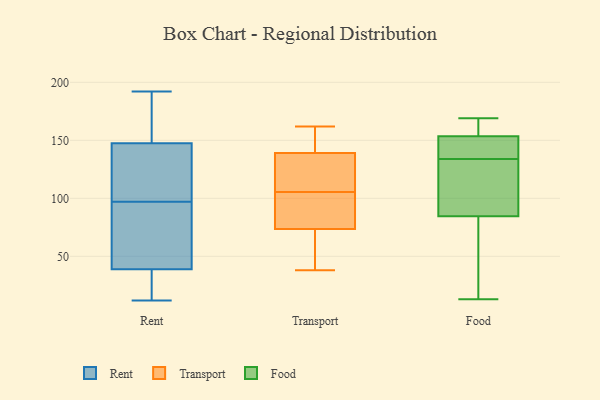
{"axis": {"x": "Market Share (%)", "y": "Value"}, "legend": ["Food", "Rent", "Transport"], "data": [{"x": "", "y": 78, "type": "Rent"}, {"x": "", "y": 139, "type": "Rent"}, {"x": "", "y": 140, "type": "Rent"}, {"x": "", "y": 108, "type": "Rent"}, {"x": "", "y": 36, "type": "Rent"}, {"x": "", "y": 97, "type": "Rent"}, {"x": "", "y": 47, "type": "Rent"}, {"x": "", "y": 64, "type": "Rent"}, {"x": "", "y": 12, "type": "Rent"}, {"x": "", "y": 23, "type": "Rent"}, {"x": "", "y": 131, "type": "Rent"}, {"x": "", "y": 190, "type": "Rent"}, {"x": "", "y": 157, "type": "Rent"}, {"x": "", "y": 24, "type": "Rent"}, {"x": "", "y": 150, "type": "Rent"}, {"x": "", "y": 91, "type": "Rent"}, {"x": "", "y": 155, "type": "Rent"}, {"x": "", "y": 14, "type": "Rent"}, {"x": "", "y": 192, "type": "Rent"}, {"x": "", "y": 138, "type": "Transport"}, {"x": "", "y": 118, "type": "Transport"}, {"x": "", "y": 140, "type": "Transport"}, {"x": "", "y": 82, "type": "Transport"}, {"x": "", "y": 39, "type": "Transport"}, {"x": "", "y": 67, "type": "Transport"}, {"x": "", "y": 105, "type": "Transport"}, {"x": "", "y": 150, "type": "Transport"}, {"x": "", "y": 162, "type": "Transport"}, {"x": "", "y": 38, "type": "Transport"}, {"x": "", "y": 106, "type": "Transport"}, {"x": "", "y": 80, "type": "Transport"}, {"x": "", "y": 145, "type": "Food"}, {"x": "", "y": 13, "type": "Food"}, {"x": "", "y": 169, "type": "Food"}, {"x": "", "y": 39, "type": "Food"}, {"x": "", "y": 157, "type": "Food"}, {"x": "", "y": 145, "type": "Food"}, {"x": "", "y": 153, "type": "Food"}, {"x": "", "y": 113, "type": "Food"}, {"x": "", "y": 91, "type": "Food"}, {"x": "", "y": 155, "type": "Food"}, {"x": "", "y": 65, "type": "Food"}, {"x": "", "y": 134, "type": "Food"}, {"x": "", "y": 100, "type": "Food"}]}